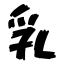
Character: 乳